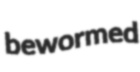
bewormed